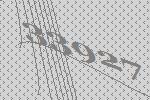
33927